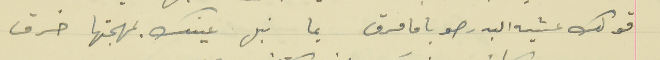
قولك عشيه البدر صوبا ما مرق                                  يما نبل عينك بمهجتها خرق